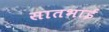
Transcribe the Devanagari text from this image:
सातभाई